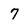
Character: 7